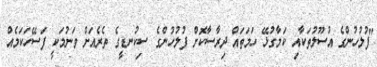
"ފުލުހުންގެ އުސޫލުތަކާއި ކަމާގުޅޭ ހަމަތައް ދިރާސާކޮށް ފުލުހުންގެ ސިކުނޑީގެ ތެރެއަށް ވަނުމަކީ ފަސޭހަކަމެއް